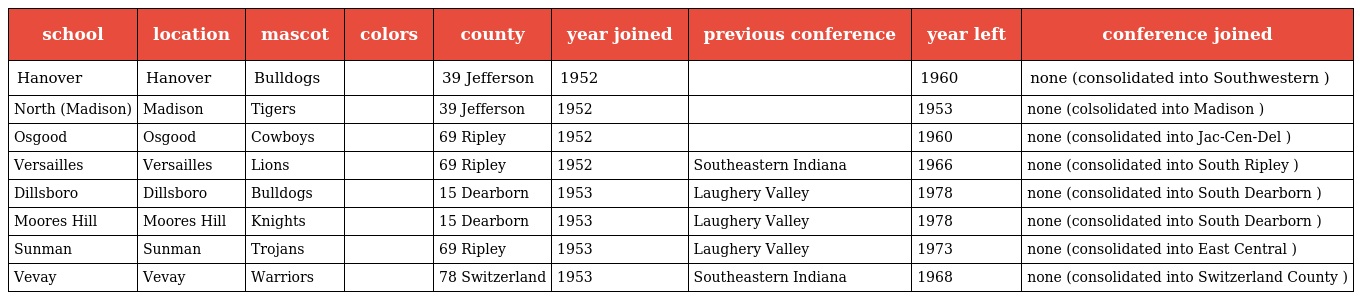
| school | location | mascot | colors | county | year joined | previous conference | year left | conference joined |
 | --- | --- | --- | --- | --- | --- | --- | --- | --- |
 | Hanover | Hanover | Bulldogs |  | 39 Jefferson | 1952 |  | 1960 | none (consolidated into Southwestern ) |
 | North (Madison) | Madison | Tigers |  | 39 Jefferson | 1952 |  | 1953 | none (colsolidated into Madison ) |
 | Osgood | Osgood | Cowboys |  | 69 Ripley | 1952 |  | 1960 | none (consolidated into Jac-Cen-Del ) |
 | Versailles | Versailles | Lions |  | 69 Ripley | 1952 | Southeastern Indiana | 1966 | none (consolidated into South Ripley ) |
 | Dillsboro | Dillsboro | Bulldogs |  | 15 Dearborn | 1953 | Laughery Valley | 1978 | none (consolidated into South Dearborn ) |
 | Moores Hill | Moores Hill | Knights |  | 15 Dearborn | 1953 | Laughery Valley | 1978 | none (consolidated into South Dearborn ) |
 | Sunman | Sunman | Trojans |  | 69 Ripley | 1953 | Laughery Valley | 1973 | none (consolidated into East Central ) |
 | Vevay | Vevay | Warriors |  | 78 Switzerland | 1953 | Southeastern Indiana | 1968 | none (consolidated into Switzerland County ) |